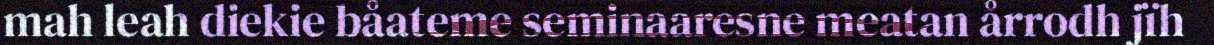
mah leah diekie båateme seminaaresne meatan årrodh jïh